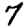
Digit: 7